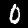
Label: 0